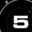
Digit: 5